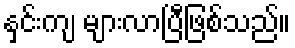
နှင်းကျ များလာပြီဖြစ်သည်။